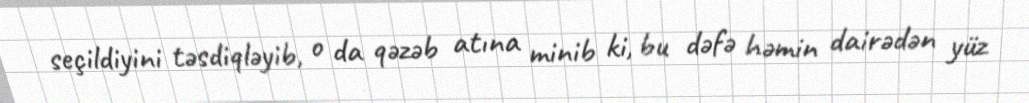
seçildiyini təsdiqləyib, o da qəzəb atına minib ki, bu dəfə həmin dairədən yüz